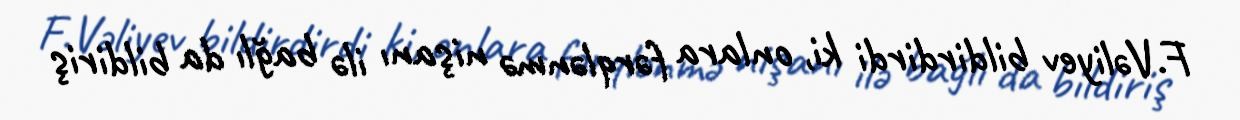
F.Vəliyev bildirdirdi ki, onlara fərqlənmə nişanı ilə bağlı da bildiriş